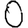
Digit: 0